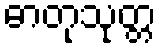
ဓာတုသုတ္တ